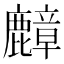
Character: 𪋟